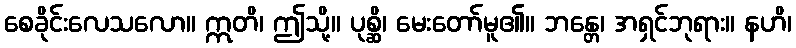
စေခိုင်းလေသလော။ ဣတိ၊ ဤသို့။ ပုစ္ဆိ၊ မေးတော်မူ၏။ ဘန္တေ၊ အရှင်ဘုရား။ နဟိ၊